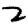
Digit: 2